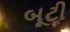
બૂટી